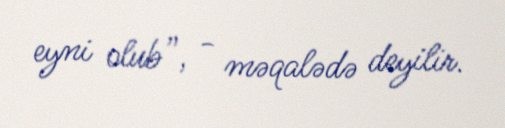
eyni olub”, - məqalədə deyilir.